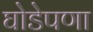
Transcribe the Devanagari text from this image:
घोडेपणा